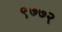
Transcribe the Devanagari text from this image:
९७७२